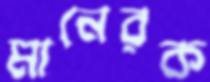
মানেরক